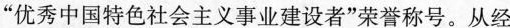
表彰大会在北京召开，小米集团雷军、网易公司丁磊